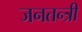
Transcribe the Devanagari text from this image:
जनतन्त्री